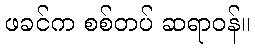
ဖခင်က စစ်တပ် ဆရာဝန်။